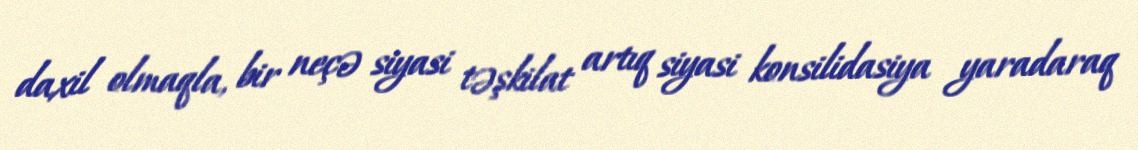
daxil olmaqla, bir neçə siyasi təşkilat artıq siyasi konsilidasiya yaradaraq